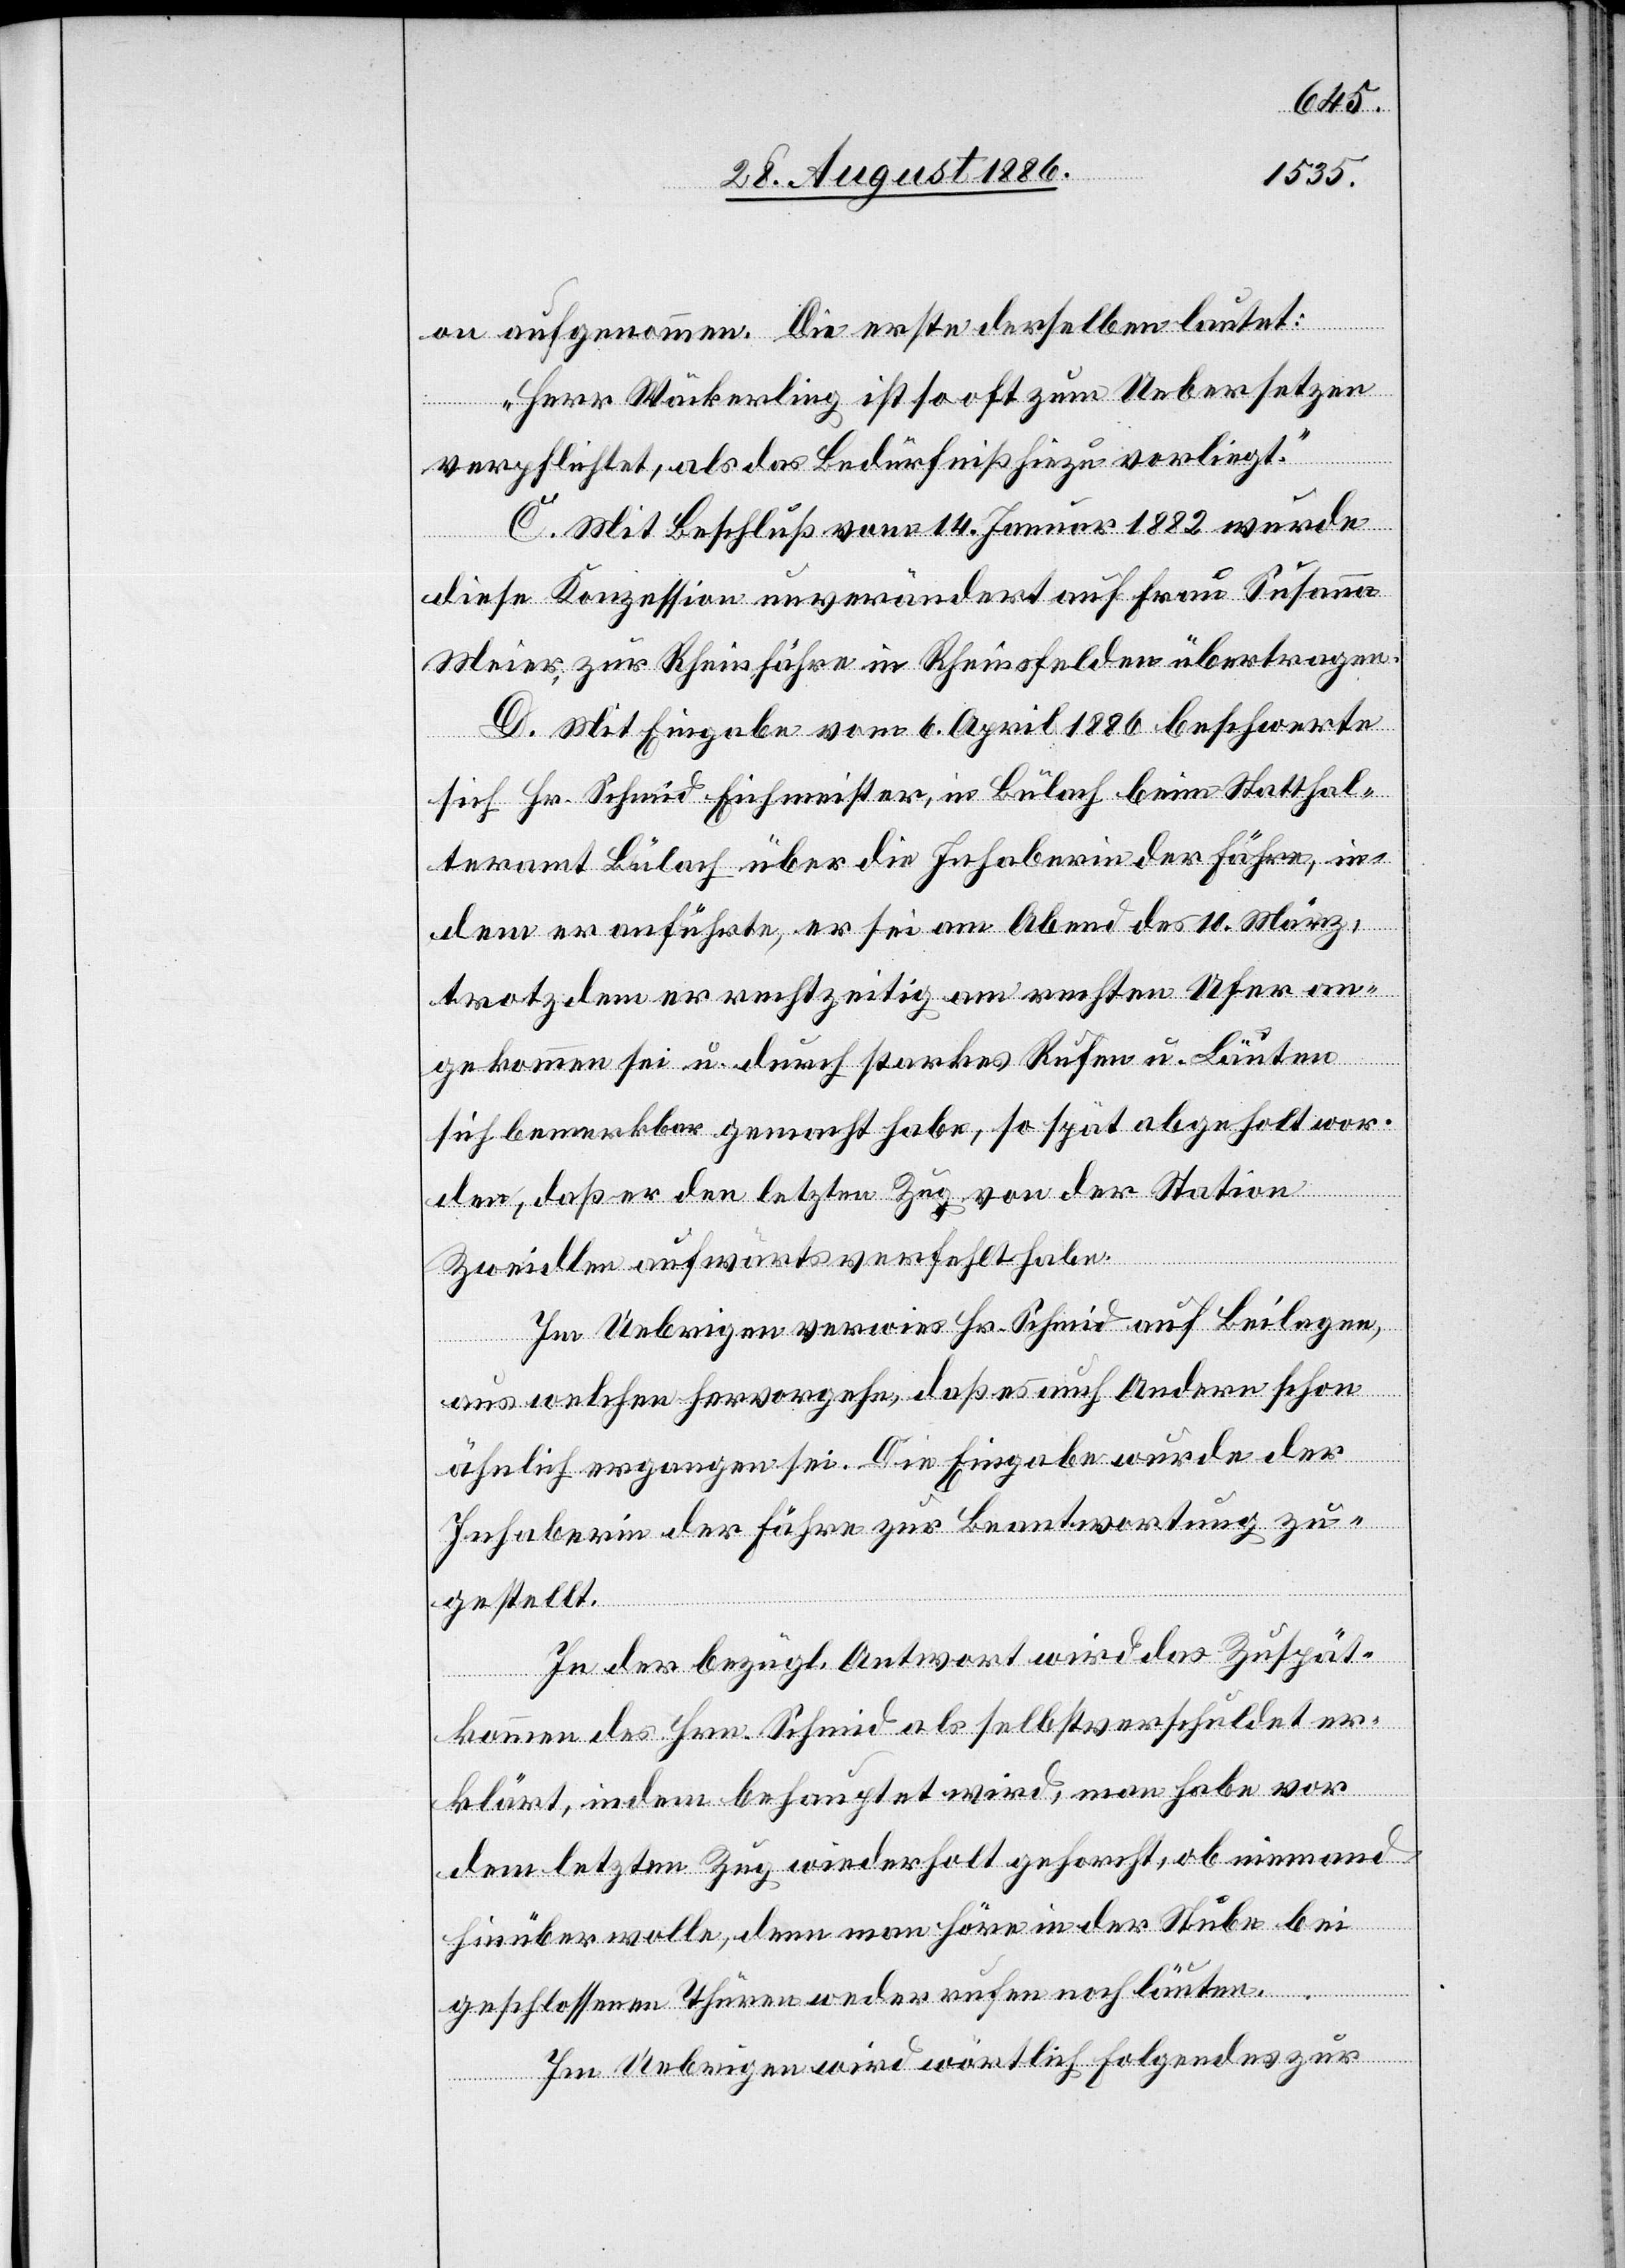
on aufgenommen. Die erste derselben lautet:
„Herr Wäckerling ist so oft zum Uebersetzen
verpflichtet, als das Bedürfniß hiezu vorliegt.“
C. Mit Beschluß vom 14. Januar 1882 wurde
diese Konzession unverändert auf Frau Susanna
Meier, zur Rheinfähre in Rheinsfelden übertragen.
D. Mit Eingabe vom 6. April 1886 beschwerte
sich Hr. Schmid Eichmeister, in Bülach beim Statthal¬
teramt Bülach über die Inhaberin der Fähre, in¬
dem er anführte, er sei am Abend des 10. März,
trotzdem er rechtzeitig am rechten Ufer an¬
gekommen sei u. durch starkes Rufen u. Läuten
sich bemerkbar gemacht habe, so spät abgeholt wor¬
den, daß er den letzten Zug von der Station
Zweidlen aufwärts verfehlt habe.
Im Uebrigen verwies Hr. Schmid auf Beilagen,
aus welchen hervorgehe, daß es auch Andern schon
ähnlich ergangen sei. Die Eingabe wurde der
Inhaberin der Fähre zur Beantwortung zu¬
gestellt.
In der bezügl. Antwort wird das Zuspät¬
kommen des Hrn. Schmid als selbstverschuldet er¬
klärt, indem behauptet wird, man habe vor
dem letzten Zug wiederholt gehorcht, ob niemand
hinüber wolle, denn man höre in der Stube bei
geschlossenen Thüren weder rufen noch läuten.
Im Uebrigen wird wörtlich Folgendes zur